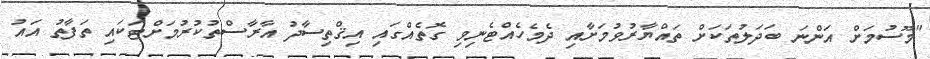
"މޫސުމަށް އަންނަ ބަދަލުތަކަށް ތައްޔާރުވުމަށާއި ދެމެހެއްޓެނިވި ގޮތެއްގައި އިޤްތިސާދު އާރާސްތުކުރުމަށްޓަކައި ތަފާތު އައު